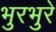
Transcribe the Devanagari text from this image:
भुरभुरे